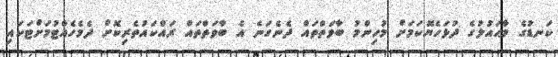
ކަނޑުގެ މާޙައުލުގެ ދުޅަހެޔޮކަމަށް މުހިންމު ބާވަތްތައް ދެނެގަނެ އެ ބާވަތްތައް ރައްކައުތެރިކޮށް ދެމެހެއްޓުމަށްޓަކައި